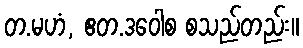
တ.မဟံ, ဧတ.ဒဝေါစ စသည်တည်း။